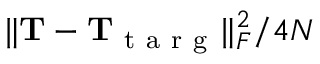
\lVert \mathbf { T } - \mathbf { T } _ { \mathrm { ~ t ~ a ~ r ~ g ~ } } \rVert _ { F } ^ { 2 } / 4 N